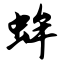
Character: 蛑